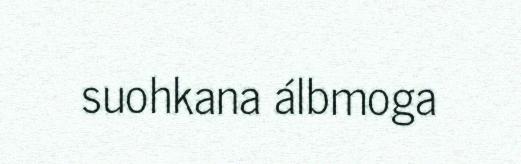
suohkana álbmoga